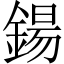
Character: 鍚